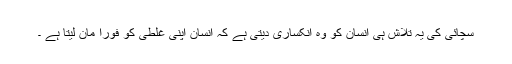
سچائی کی یہ تلاش ہی انسان کو وہ انکساری دیتی ہے کہ انسان اپنی غلطی کو فوراً مان لیتا ہے ۔